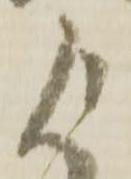
よ